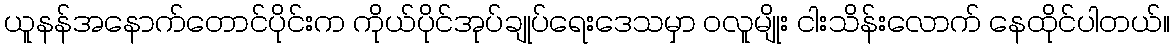
ယူနန်အနောက်တောင်ပိုင်းက ကိုယ်ပိုင်အုပ်ချုပ်ရေးဒေသမှာ ဝလူမျိုး ငါးသိန်းလောက် နေထိုင်ပါတယ်။